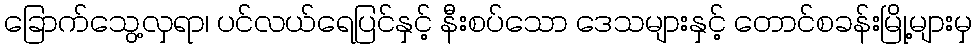
ခြောက်သွေ့လှရာ၊ ပင်လယ်ရေပြင်နှင့် နီးစပ်သော ဒေသများနှင့် တောင်စခန်းမြို့များမှ